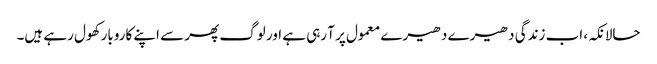
حالانکہ، اب زندگی دھیرے دھیرے معمول پر آ رہی ہے اور لوگ پھر سے اپنے کاروبار کھول رہے ہیں۔